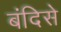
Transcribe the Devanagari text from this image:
बंदिसे